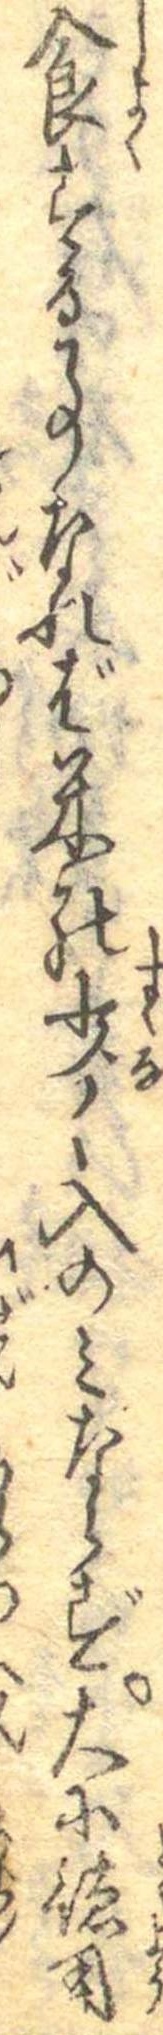
食する事なれば米の少く入のみならず大小徳用